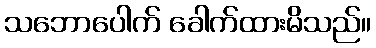
သဘောပေါက် ခေါက်ထားမိသည်။